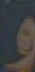
و